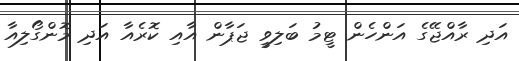
އަދި ރާއްޖޭގެ އަންހެން ޓީމު ބަލިވީ ޖަޕާން އާއި ކޮރެއާ އަދި މޮންގޯލިއާ